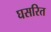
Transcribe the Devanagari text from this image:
घसरित